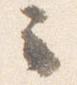
云